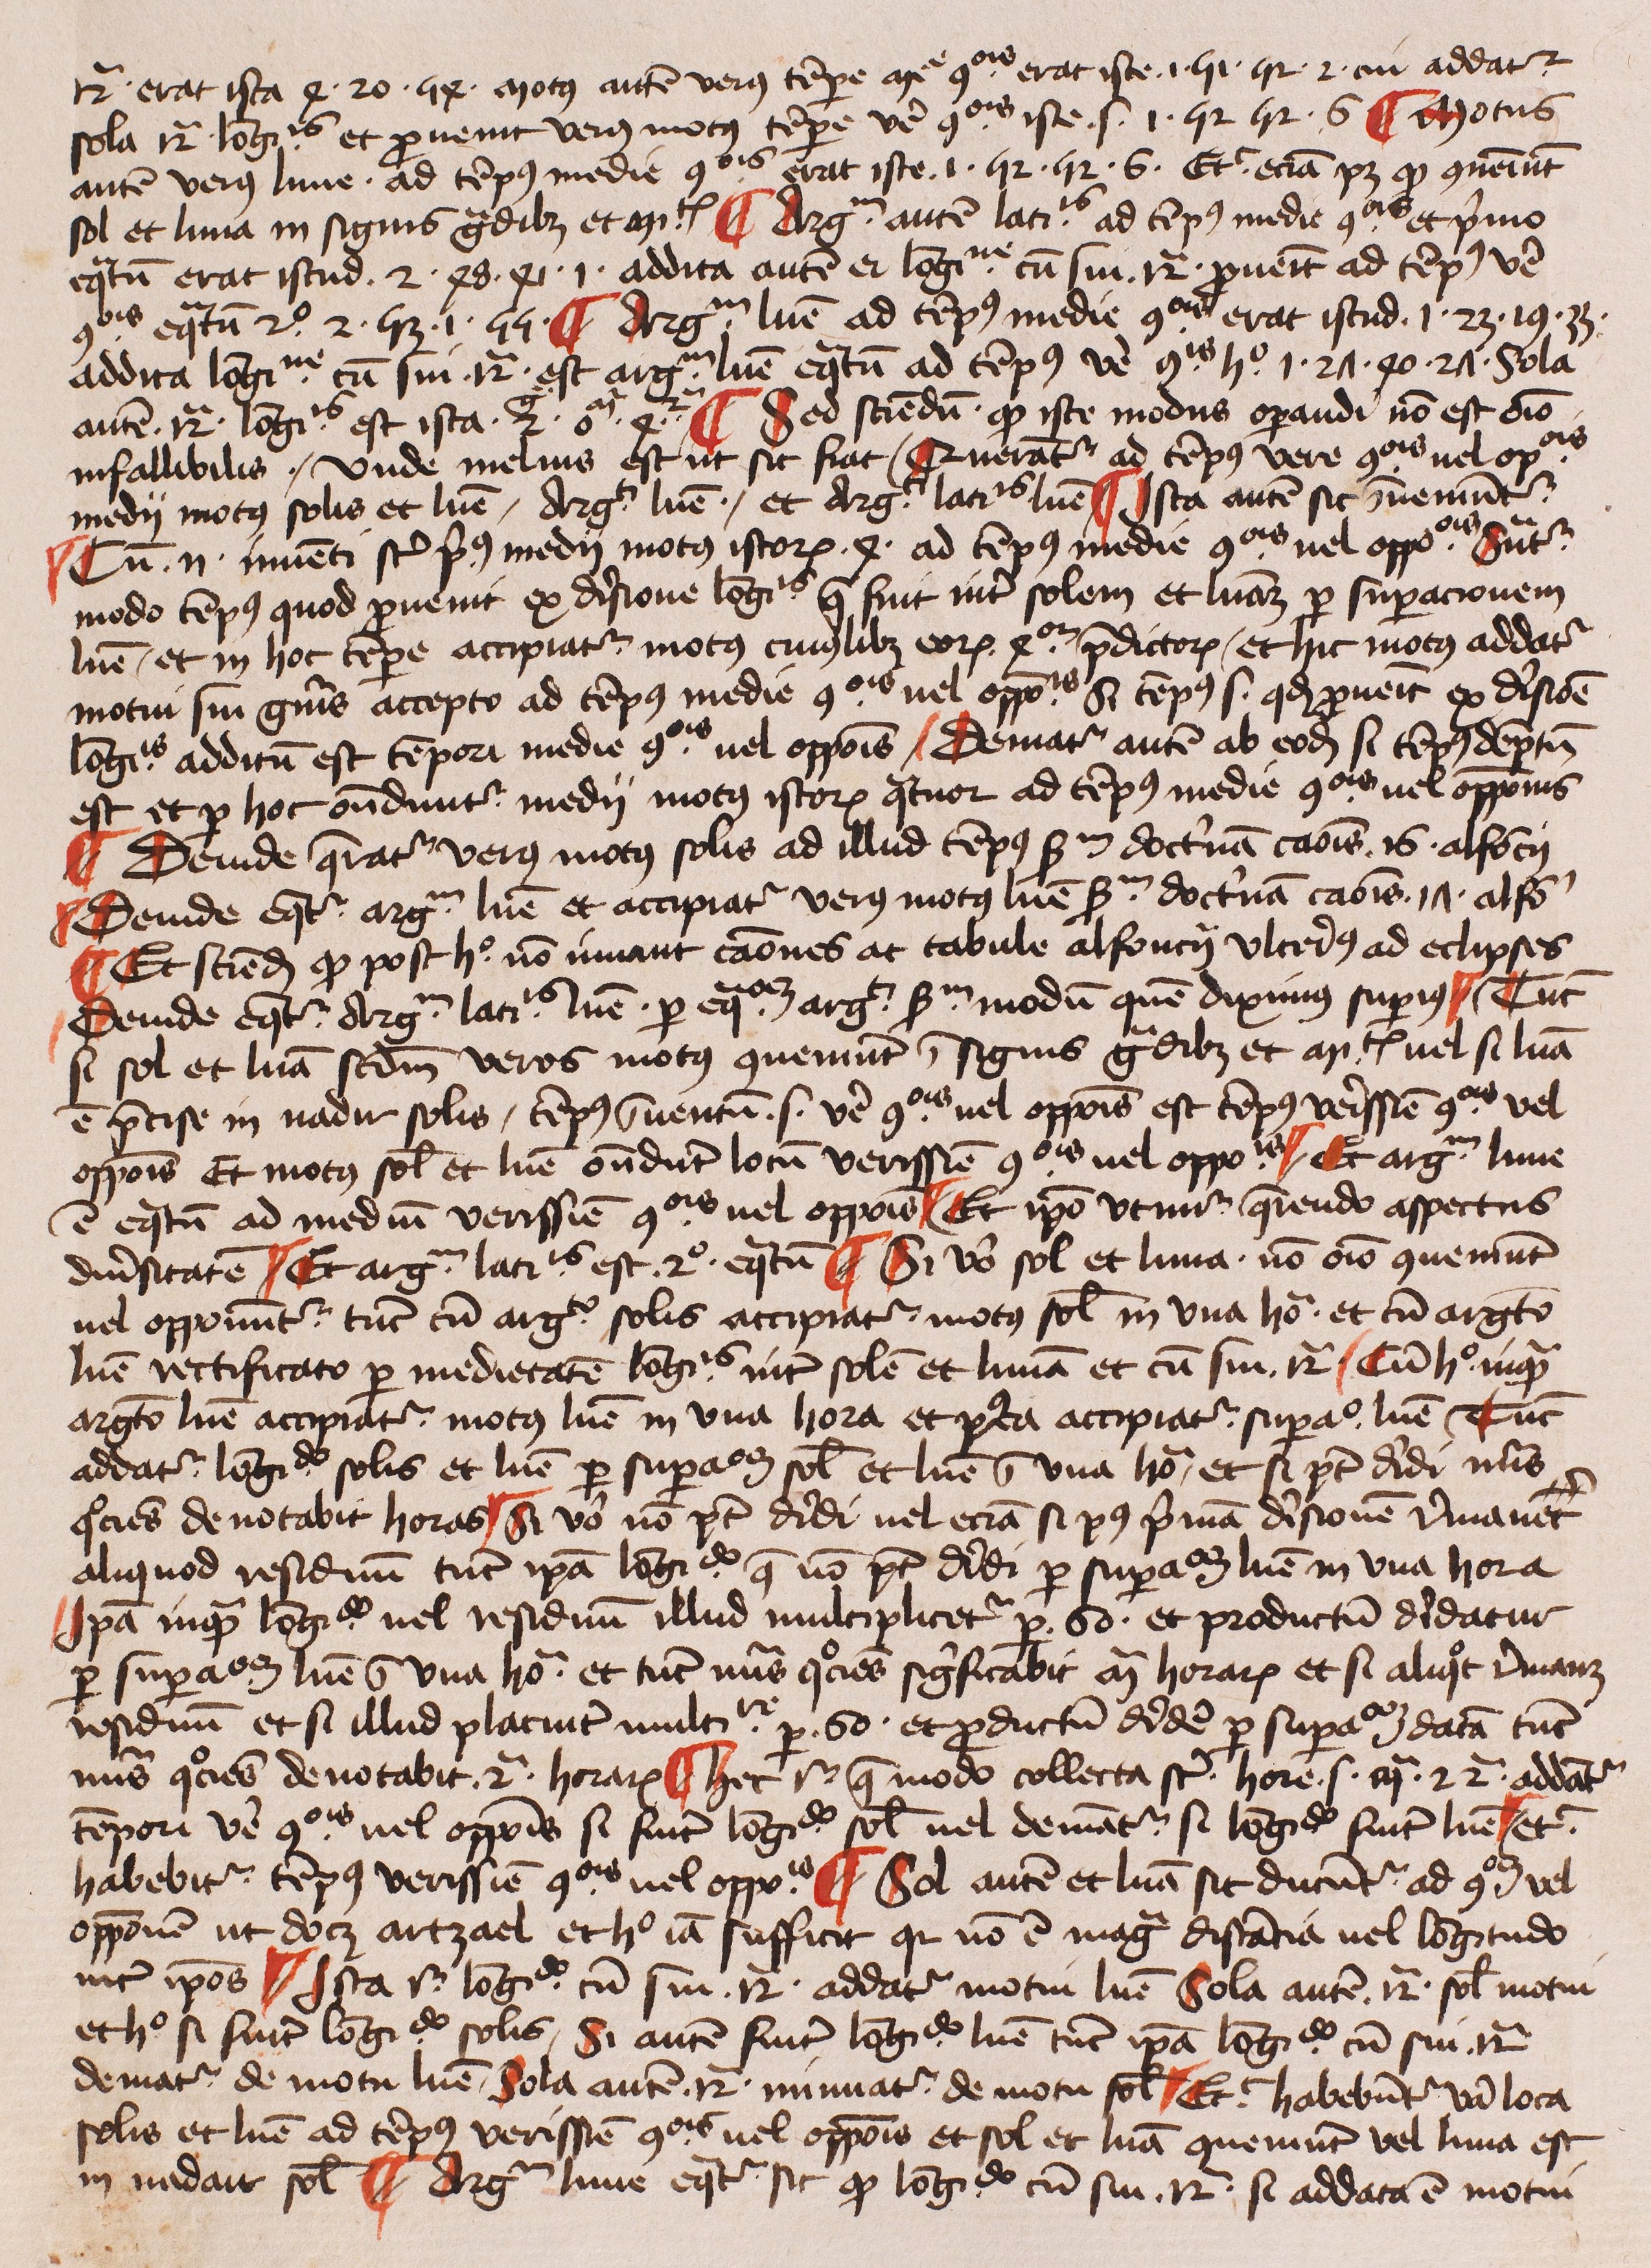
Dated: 1425–1449